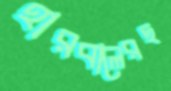
হারবালেরছ